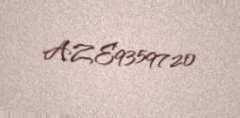
AZE9359720